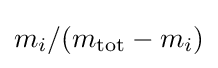
m_{i}/(m_{\mathrm {tot} }-m_{i})